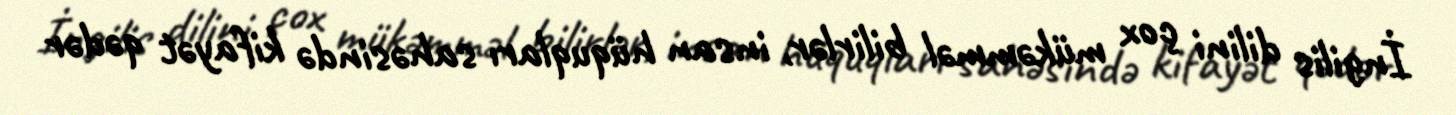
İngilis dilini çox mükəmməl bilirlər, insan hüquqları sahəsində kifayət qədər